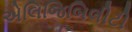
એલિજિબિલીટી